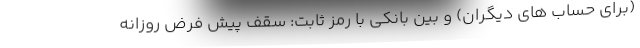
(برای حساب های دیگران) و بین بانکی با رمز ثابت: سقف پیش فرض روزانه